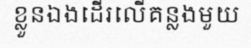
ខ្លួនឯងដើរលើគន្លងមួយ